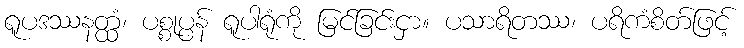
ရူပဒဿနတ္ထံ၊ ပစ္စုပ္ပန် ရူပါရုံကို မြင်ခြင်းငှာ။ ပသာရိတဿ၊ ပရိကံစိတ်ဖြင့်